Indian journal of veterinary science and animal husbandry - Volume 14,
Year: 1944
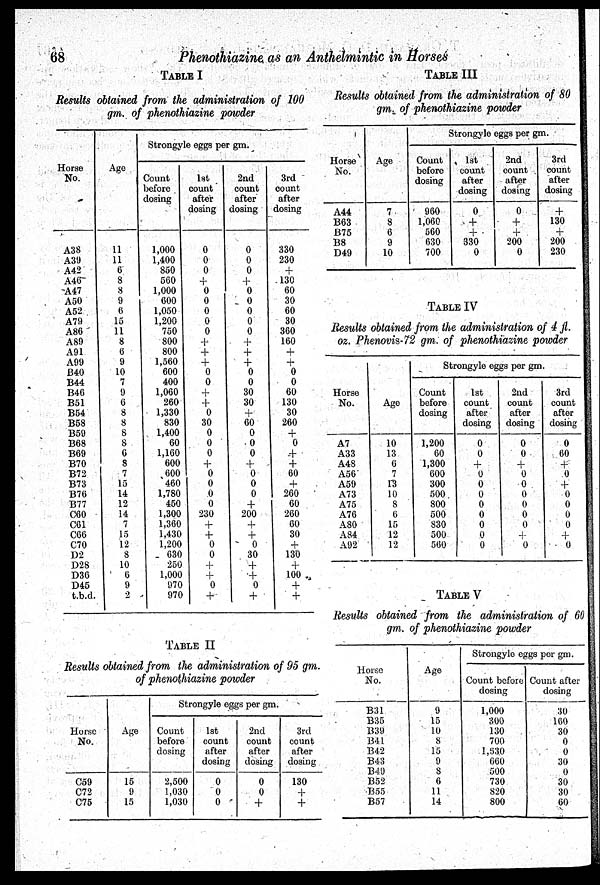
68
Phenothiazine as an Anthelmintic in Horses
TABLE I
Results obtained from the administration of 100
gm. of phenothiazine powder
Horse
No.
A38
A39
A42
A46
A47
A50
A52
A79
A86
A89
A91
A99
B40
B44
B46
B51
B54
B58
B59
B68
B69
B70
B72
B73
B76
B77
C60
C61
C66
C70
D2
D28
D36
D45
t.b.d.
Age
11
11
6
8
8
9
6
15
11
8
6
9
10
7
9
6
8
8
8
8
6
8
7
15
14
12
14
7
15
12
8
10
6
9
2
Strongyle eggs per gm.
Count
before
dosing
1,000
1,400
850
560
1,000
600
1,050
1,200
750
800
800
1,560
600
400
1,060
260
1,330
830
1,400
60
1,160
600
600
460
1,780
450
1,300
1,360
1,430
1,200
630
250
1,000
970
970
1st
count
after
dosing
0
0
0
+
0
0
0
0
0
+
+
+ 0
0
+
+ 0
30
0
0
0
+ 0
0
0
0
230
+
+ 0
0
+
+ 0
+
2nd
count
after
dosing
0
0
0
+ 0
0
0
0
0
+
+
+ 0
0
30
30
+
60
0
0
0
+
0
0
0
+
200
+
+ 0
30
+
+ 0
+
3rd
count
after
dosing
330
230
+
130
60
30
60
30
360
160
+
+ 0
0
60
130
30
260
+ 0
+
+
60
+
260
60
260
60
30
+
130
+
100
+ +
TABLE II
Results obtained from the administration of 95 gm.
of phenothiazine powder
Horse
No.
C59
C72
C75
Age
15
9
15
Strongyle eggs per gm.
Count
before
dosing
2,500
1,030
1,030
1st
count
after
dosing
0
0
0
2nd
count
after
dosing
0
0
+
3rd
count
after
dosing
130
+
+
TABLE III
Results obtained from the administration of 80
gm. of phenothiazine powder
Horse
No.
A44
B63
B75
B8
D49
Age
7
8
6
9
10
Strongyle eggs per gm.
Count
before
dosing
960
1,060
560
630
700
1st
count
after
dosing
0
+
+
330
0
2nd
count
after
dosing
0
+
+
200
0
3rd
count
after
dosing
+
130
+
200
230
TABLE IV
Results obtained from the administration of 4 fl.
oz. Phenovis-72 gm. of phenothiazine powder
Horse
No.
A7
A33
A48
A56
A59
A73
A75
A76
A80
A84
A92
Age
10
13
6
7
13
10
8
6
15
12
12
Strongyle eggs per gm.
Count
before
dosing
1,200
60
1,300
600
300
500
800
500
830
500
560
1st
count
after
dosing
0
0
+ 0
0
0
0
0
0
0
0
2nd
count
after
dosing
0
0
+ 0
0
0
0
0
0
+ 0
3rd
count
after
dosing
0
60
+ 0
+ 0
0
0
0
+
0
TABLE V
Results obtained from the administration of 60
gm. of phenothiazine powder
Horse
No.
B31
B35
B39
B41
B42
B43
B49
B52
B55
B57
Age
9
15
10
8
15
9
8
6
11
14
Strongyle eggs per gm.
Count before
dosing
1,000
300
130
700
1,530
660
500
730
820
800
Count after
dosing
30
160
30
0
0
30
0
30
30
60